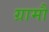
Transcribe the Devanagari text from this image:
ग्रामौं